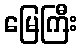
မြေကြီး